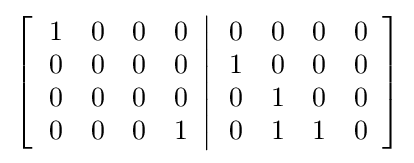
\left[\left.{\begin{array}{cccc}1&0&0&0\\0&0&0&0\\0&0&0&0\\0&0&0&1\end{array}}\right\vert {\begin{array}{cccc}0&0&0&0\\1&0&0&0\\0&1&0&0\\0&1&1&0\end{array}}\right]